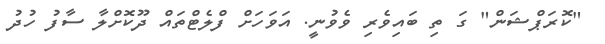
"ކޮރަޕްޝަން" ގަ ތި ބައިވެރި ވެވުނީ. އަވަހަށް ފްލެޓްތައް ދޫކޮށްލާ ސާފު ހުދު